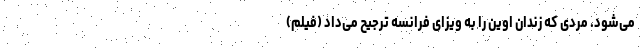
می‌شود. مردی که زندان اوین را به ویزای فرانسه ترجیح می‌داد (فیلم)